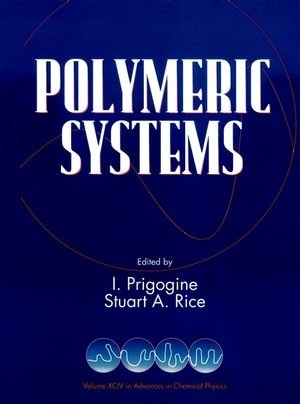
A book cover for Advances in Chemical Physics, Polymeric Systems (Volume 94); Science & Math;